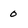
Character: o